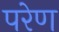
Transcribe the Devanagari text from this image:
परेण